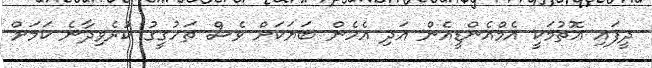
ދީފައި އޮތުމަކީ އެމްއެންޑީއެން އަދި އެހެން ބަޔަކަށް ވެސް ތަހުގީގު ކުރެވިދާނެ ކަމަށް